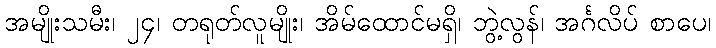
အမျိုးသမီး၊ ၂၄၊ တရုတ်လူမျိုး၊ အိမ်ထောင်မရှိ၊ ဘွဲ့လွန်၊ အင်္ဂလိပ် စာပေ၊